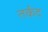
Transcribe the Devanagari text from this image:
तर्कद